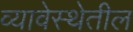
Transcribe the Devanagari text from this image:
व्यावेस्थेतील